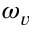
\omega _ { v }